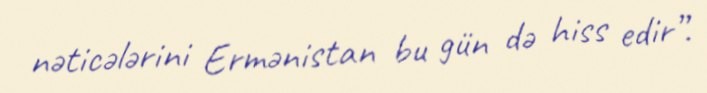
nəticələrini Ermənistan bu gün də hiss edir”.